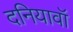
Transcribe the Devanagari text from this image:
दनियावॉ